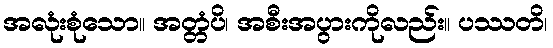
အလုံးစုံသော။ အတ္တံပိ၊ အစီးအပွားကိုလည်း။ ပဿတိ၊